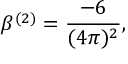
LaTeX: \beta ^ { ( 2 ) } = \frac { - 6 } { ( 4 \pi ) ^ { 2 } } ,